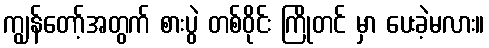
ကျွန်တော့်အတွက် စားပွဲ တစ်ဝိုင်း ကြိုတင် မှာ ပေးခဲ့မလား။